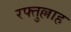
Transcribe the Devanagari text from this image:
रफ्तुल्लाह